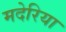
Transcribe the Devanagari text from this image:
मदेरिया